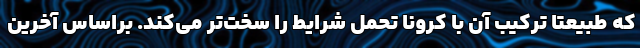
که طبیعتا ترکیب آن با کرونا تحمل شرایط را سخت‌تر می‌کند. براساس آخرین